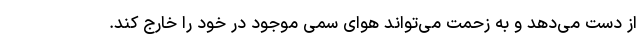
از دست می‌دهد و به زحمت می‌تواند هوای سمی موجود در خود را خارج کند.